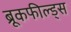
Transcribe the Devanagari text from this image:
ब्रूकफील्ड्स